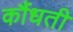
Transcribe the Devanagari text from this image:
कौंधती